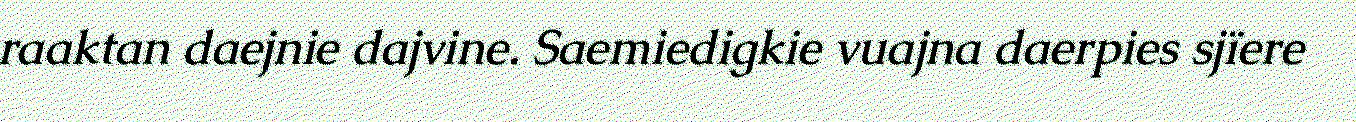
raaktan daejnie dajvine. Saemiedigkie vuajna daerpies sjïere